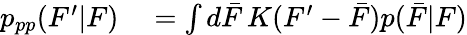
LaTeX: \begin{array}{rl}{p_{pp}(F^{\prime}|F)}&{{}=\int d\bar{F}\, K(F^{\prime}-\bar{F})p(\bar{F}|F)}\end{array}